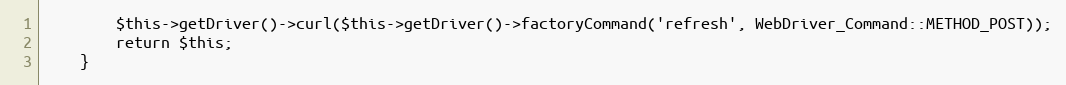
Language: PHP
        $this->getDriver()->curl($this->getDriver()->factoryCommand('refresh', WebDriver_Command::METHOD_POST));
        return $this;
    }